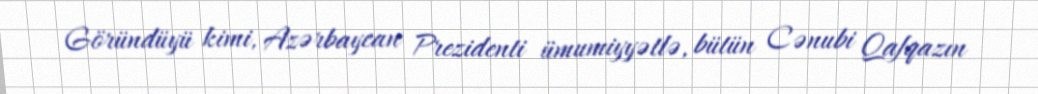
Göründüyü kimi, Azərbaycan Prezidenti ümumiyyətlə, bütün Cənubi Qafqazın